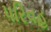
પરિવહ